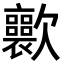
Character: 𣤽